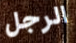
الرجل